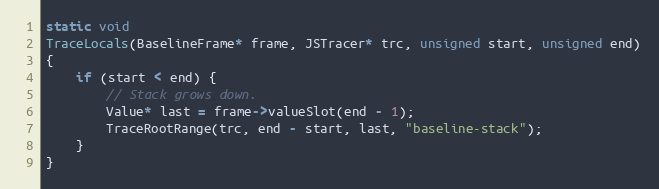
Language: C++
static void
TraceLocals(BaselineFrame* frame, JSTracer* trc, unsigned start, unsigned end)
{
    if (start < end) {
        // Stack grows down.
        Value* last = frame->valueSlot(end - 1);
        TraceRootRange(trc, end - start, last, "baseline-stack");
    }
}